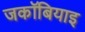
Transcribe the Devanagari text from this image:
जकॉबियाइ